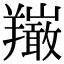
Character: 𦏦